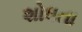
શોધતા